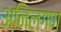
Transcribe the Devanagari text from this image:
अनिलगण